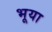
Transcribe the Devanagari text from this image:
भूया